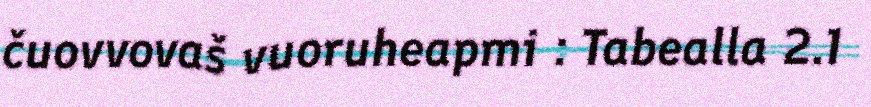
čuovvovaš vuoruheapmi : Tabealla 2.1